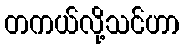
တကယ်လို့သင်ဟာ